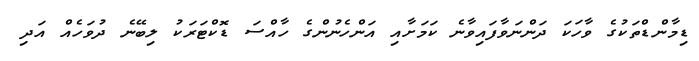
ޑިމާންޑްތަކުގެ ވާހަކަ ދަންނަވާފައިވާނެ ކަމަށާއި އަންހެނުންގެ ހާއްސަ ޑޮކްޓަރަކު ލިބޭނެ ދުވަހެއް އަދި